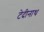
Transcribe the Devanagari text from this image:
टेदीनाथ